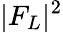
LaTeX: |F_{L}|^{2}